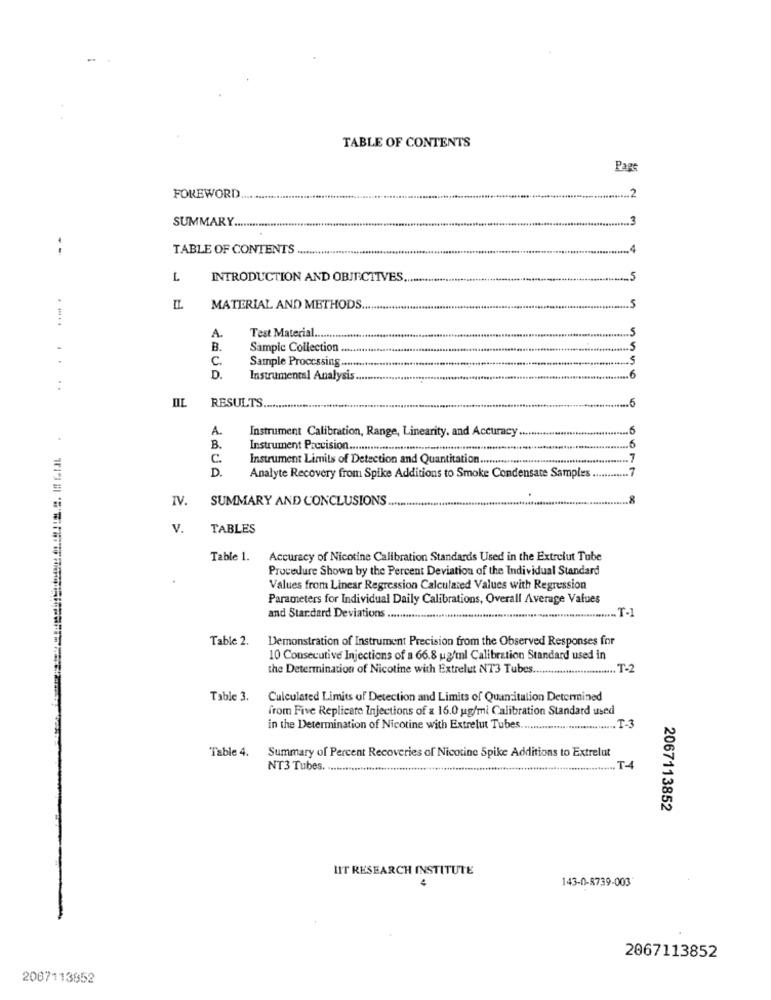
TABLE OF CONTENTS
Pag
.. 2
FOREWORD
SUMMARY.
- -
TABLE OF CONTENTS
L
INTRODUCTION AND OBJECTIVES
MATERIAL AND METHODS ..........
5
A.
Test Material .........
-
B.
Sample Collection ....
5
.
C.
Sample Proccssing ......
5
D.
Instrumental Analysis.
.6
..
IIL RESULTS.
.6
A.
Instrument Calibration, Range, Linearity, and Accuracy.
.6
B.
Instrument Precision ...............
C.
Instrument Limits of Detection and Quantitation ..............
7
D .
Analyte Recovery from Spike Additions to Smoke Condensate Samples
IV.
SUMMARY AND CONCLUSIONS ..
V.
TABLES
Table 1.
Accuracy of Nicotine Calibration Standards Used in the Extrelut Tube
Procedure Shown by the Percent Deviation of the Individual Standard
Values from Linear Regression Calculated Values with Regression
Parameters for Individual Daily Calibrations, Overall Average Values
and Standard Deviations ...........
Table 2.
Demonstration of Instrument Precision from the Observed Responses for
10 Consecutive Injections of a 66.8 ugfml Calibration Standard used in
the Determination of Nicotine with Extrelut NT3 Tubes ........................... 1.2
Table 3.
Culculated Limits of Detection and Limits of Quantitation Determined
from Five Replicate Injections of x 16.0 ug/mi Calibration Standard used
in the Determination of Nicotine with Extrelut Tubes.
T-3
Table 4.
Summary of Percent Recoveries of Nicotine Spike Additions to Extrelut
NT3 Tubes. ....................
T-4
2067113852
HIT RESEARCH INSTITUTE
143-0-8739-003
2067113852
2007113852